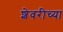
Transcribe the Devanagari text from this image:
शेवरीच्या